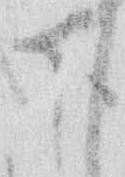
下